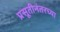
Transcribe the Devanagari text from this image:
प्रसूतीनंतरच्या